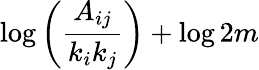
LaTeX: \log\left(\frac{A_{ij}}{k_{i}k_{j}}\right)+\log 2m